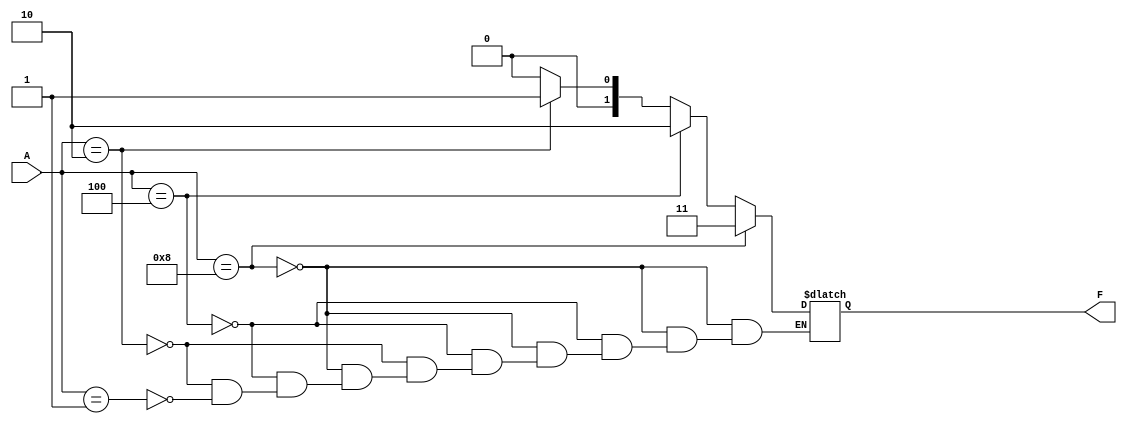
`timescale 1ns / 1ps
//////////////////////////////////////////////////////////////////////////////////
// Company: 
// Engineer: 
// 
// Design Name: 
// Module Name: four_to_tow_encoder
// Project Name: 
// Target Devices: 
// Tool Versions: 
// Description: 
// 
// Dependencies: 
// 
// Revision:
// Revision 0.01 - File Created
// Additional Comments:
// 
//////////////////////////////////////////////////////////////////////////////////


module four_to_tow_encoder(F,A);
    input [3:0] A;
    output [1:0] F;
    reg [1:0] F;
    always @(*)
        if (A == 4'b1000)
            F = 2'b11;
        else if (A == 4'b0100)
            F = 2'b10;
        else if (A == 4'b0010)
            F = 2'b01;
        else if (A == 4'b0001)
            F = 2'b00;
        
endmodule